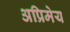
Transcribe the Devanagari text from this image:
अप्रिमेय